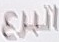
اتبرع